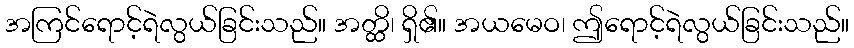
အကြင်ရောင့်ရဲလွယ်ခြင်းသည်။ အတ္ထိ၊ ရှိ၏။ အယမေဝ၊ ဤရောင့်ရဲလွယ်ခြင်းသည်။